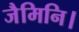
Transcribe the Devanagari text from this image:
जैमिनि।